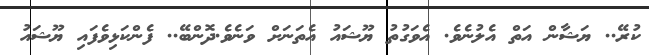
ކުރޭ.. ޔަޝާން އަތް އެލުނެވެ. އެވަގުތު ޔޫޝައު އެތަނަށް ވަނެވެ.ދޮންބޭ.. ފެންކަޅިވެފައި ޔޫޝައު